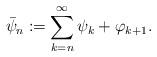
LaTeX: \begin{align*}\bar{\psi}_n:=\sum_{k=n}^{\infty}\psi_k+\varphi_{k+1}.\end{align*}